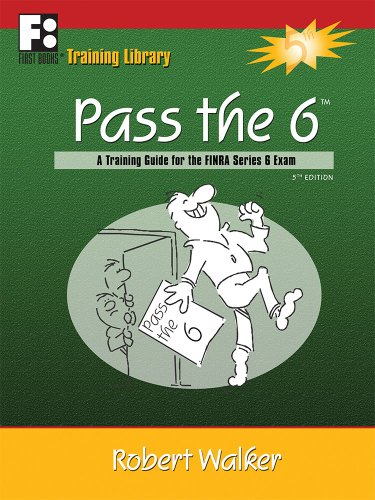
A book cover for Pass the 6: A Training Guide for the FINRA Series 6 Exam; Robert Walker; Education & Teaching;